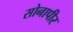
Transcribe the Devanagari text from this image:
सोनापीर